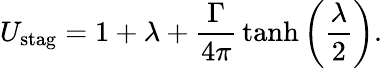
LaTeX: U_{\mathrm{stag}}=1+\lambda+{\frac{\Gamma}{4\pi}}\operatorname{tanh}\left({\frac{\lambda}{2}}\right).